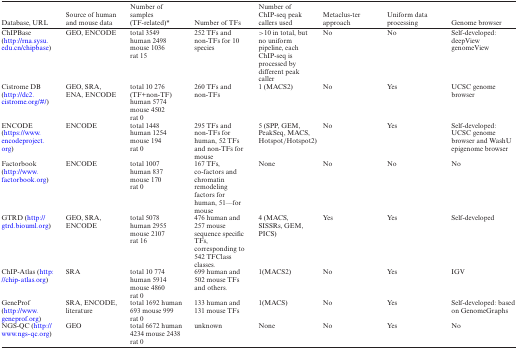
| Database, URL | Source of human and mouse data | Number of samples (TF-related)* | Number of TFs | Number of ChIP-seq peak callers used | Metaclus-ter approach | Uniform data processing | Genome browser |
 | --- | --- | --- | --- | --- | --- | --- | --- |
 | ChIPBase (http://rna.sysu.edu.cn/chipbase) | GEO, ENCODE | total 3549 human 2498 mouse 1036 rat 15 | 252 TFs and non-TFs for 10 species | >10 in total, but no uniform pipeline, each ChIP-seq is processed by different peak caller | No | No | Self-developed: deepView genomeView |
 | Cistrome DB (http://dc2.cistrome.org/#/) | GEO, SRA, ENA, ENCODE | total 10 276 (TF+non-TF) human 5774 mouse 4502 rat 0 | 260 TFs and non-TFs | 1 (MACS2) | No | Yes | UCSC genome browser |
 | ENCODE (https://www.encodeproject.org) | ENCODE | total 1448 human 1254 mouse 194 rat 0 | 295 TFs and non-TFs for human, 52 TFs and non-TFs for mouse | 5 (SPP, GEM, PeakSeq, MACS, Hotspot/Hotspot2) | No | Yes | Self-developed: UCSC genome browser and WashU epigenome browser |
 | Factorbook (http://www.factorbook.org) | ENCODE | total 1007 human 837 mouse 170 rat 0 | 167 TFs, co-factors and chromatin remodeling factors for human, 51—for mouse | None | No | No | No |
 | GTRD (http://gtrd.biouml.org) | GEO, SRA, ENCODE | total 5078 human 2955 mouse 2107 rat 16 | 476 human and 257 mouse sequence specific TFs, corresponding to 542 TFClass classes. | 4 (MACS, SISSRs, GEM, PICS) | Yes | Yes | Self-developed |
 | ChIP-Atlas (http://chip-atlas.org) | SRA | total 10 774 human 5914 mouse 4860 rat 0 | 699 human and 502 mouse TFs and others. | 1(MACS2) | No | Yes | IGV |
 | GeneProf (http://www.geneprof.org) | SRA, ENCODE, literature | total 1692 human 693 mouse 999 rat 0 | 133 human and 131 mouse TFs | 1(MACS) | No | Yes | Self-developed: based on GenomeGraphs |
 | NGS-QC (http://www.ngs-qc.org) | GEO | total 6672 human 4234 mouse 2438 rat 0 | unknown | None | No | Yes | No |